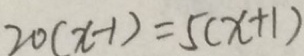
2 0 ( x - 1 ) = 5 ( x + 1 )